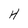
Character: H